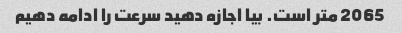
2065 متر است. بیا اجازه دهید سرعت را ادامه دهیم